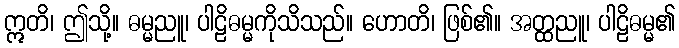
ဣတိ၊ ဤသို့။ ဓမ္မညူ၊ ပါဠိဓမ္မကိုသိသည်။ ဟောတိ၊ ဖြစ်၏။ အတ္ထညူ၊ ပါဠိဓမ္မ၏